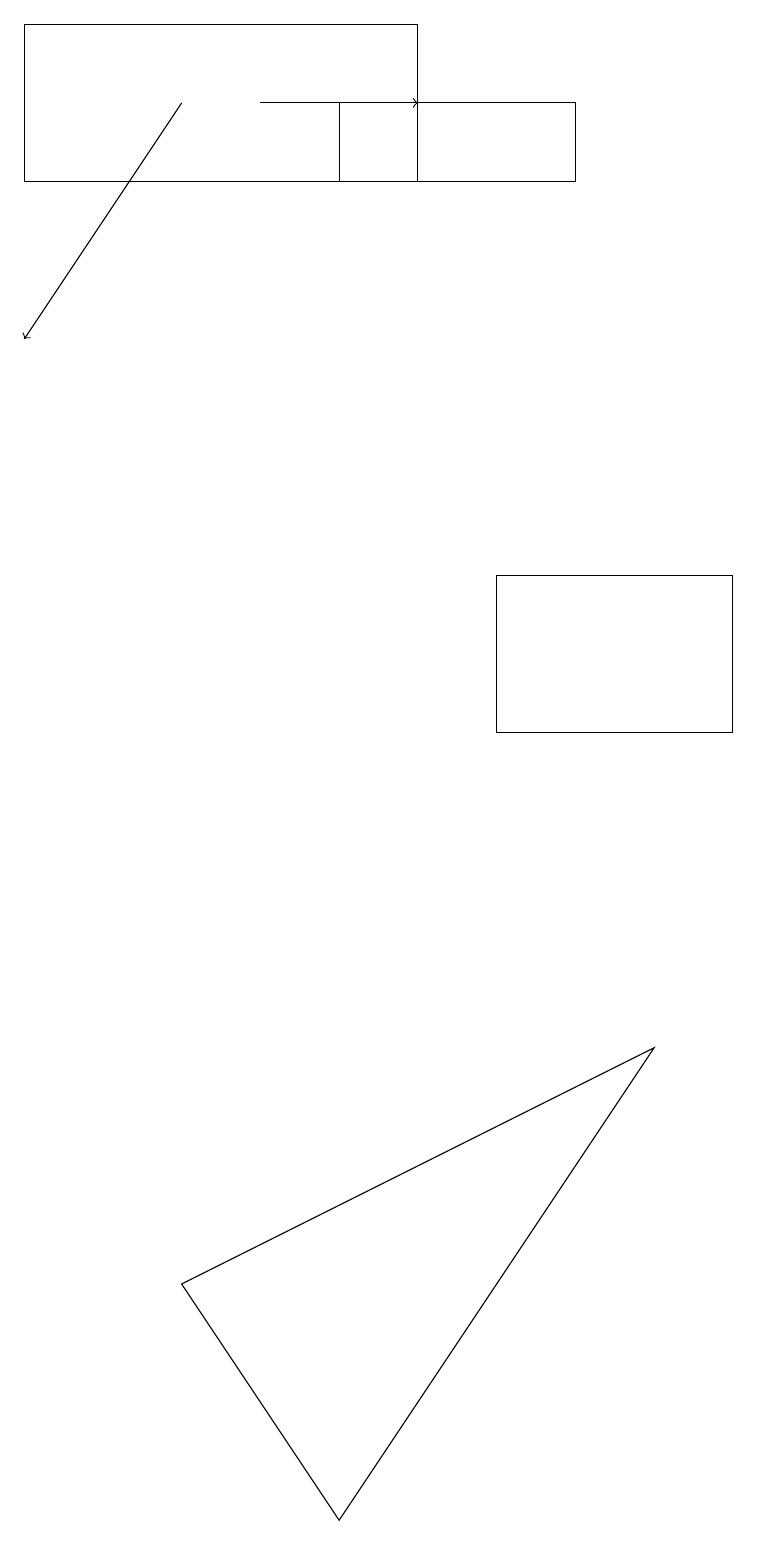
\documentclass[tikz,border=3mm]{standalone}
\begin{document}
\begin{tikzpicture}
\draw[->] (3,18) -- (5,18);
\draw (7,18) rectangle (4,17);
\draw (5,17) rectangle (0,19);
\draw (6,12) rectangle (9,10);
\draw (8,6) -- (2,3) -- (4,0) -- cycle;
\draw[->] (2,18) -- (0,15);
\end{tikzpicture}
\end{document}